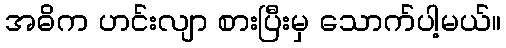
အဓိက ဟင်းလျာ စားပြီးမှ သောက်ပါ့မယ်။